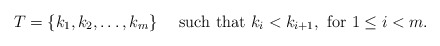
\begin{align*} T=\{ k_1,k_2,\ldots,k_m \} \mbox{ \ \ \ such that }k_i < k_{i+1}, \mbox{ for } 1\le i <m.\end{align*}